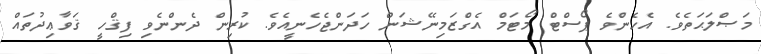
މަޞްލަޙަތެވެ. އެހެންވެ ޕޯސްޓް މޯޓަމް އެގްޒަމިނޭޝަން ހަދަންޖެހެނީއެވެ. ކުރިން ދެންނެވި ފިޤްހީ ޤަވާޢިދުތައް